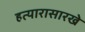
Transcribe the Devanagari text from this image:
हत्यारासारखे